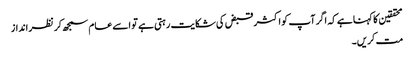
محققین کا کہنا ہے کہ اگر آپ کو اکثر قبض کی شکایت رہتی ہے تو اسے عام سمجھ کر نظر انداز
مت کریں۔